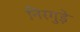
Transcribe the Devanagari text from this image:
निरगुड़े